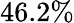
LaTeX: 46.2\%